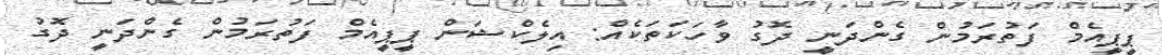
ޕީޕީއެމް ފަތުރަމުން ގެންދަނީ ދޮގު ވާހަކަތަކެއް: އިލެކްޝަން ޕީޕީއެމް ފަތުރަމުން ގެންދަނީ ދޮގު